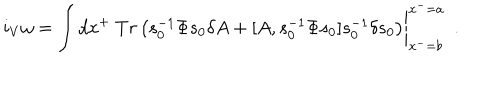
i _ { V } \omega = \left. \int d x ^ { + } ~ T r \left( s _ { 0 } ^ { - 1 } \Phi s _ { 0 } \delta A + [ A , s _ { 0 } ^ { - 1 } \Phi s _ { 0 } ] s _ { 0 } ^ { - 1 } \delta s _ { 0 } \right) \right\vert _ { x ^ { - } = b } ^ { x ^ { - } = a } ~ ~ .